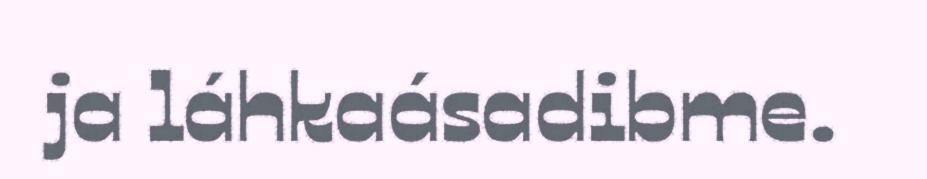
ja láhkaásadibme.